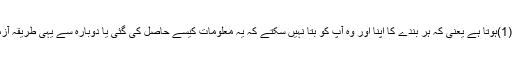
جھوٹ کو پکڑنے کا سب سے بہترین طریقہ یہی ہے کہ وہ سبجیکٹو (1)ہوتا ہے یعنی کہ ہر بندے کا اپنا اور وہ آپ کو بتا نہیں سکتے کہ یہ معلومات کیسے حاصل کی گئی یا دوبارہ سے یہی طریقہ آزمایا جائے تو بھی یہی معلومات ملے گی یا نتائج مختلف ہو جائیں گے۔